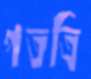
পতত্রি